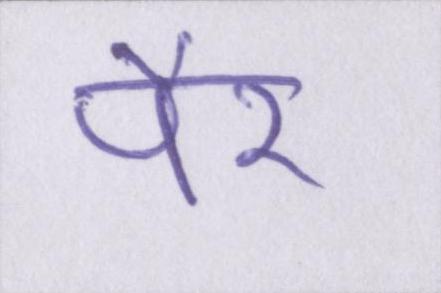
पैर